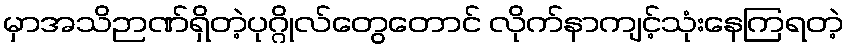
မှာအသိဉာဏ်ရှိတဲ့ပုဂ္ဂိုလ်တွေတောင် လိုက်နာကျင့်သုံးနေကြရတဲ့